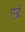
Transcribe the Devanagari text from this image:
एडं